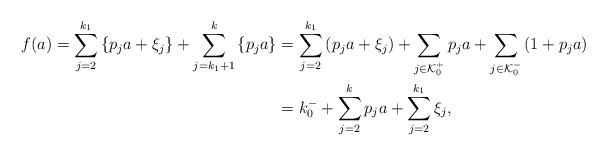
LaTeX: \begin{align*}\begin{aligned}f(a)=\sum_{j=2}^{k_1}\left\{p_{j}a+\xi_{j}\right\}+\sum_{j=k_{1}+1}^{k}\left\{p_{j}a\right\}&=\sum_{j=2}^{k_1}\left(p_{j}a+\xi_{j}\right)+\sum_{j\in\mathcal{K}_{0}^{+}}p_{j}a+\sum_{j\in\mathcal{K}_{0}^{-}}\left(1+p_{j}a\right)\\&=k_{0}^{-}+\sum_{j=2}^{k}p_{j}a+\sum_{j=2}^{k_1}\xi_{j},\end{aligned}\end{align*}